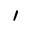
'